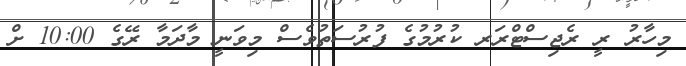
މިހާރު ރީ ރެޖިސްޓްރަރ ކުރުމުގެ ފުރުސަތުވެސް މިވަނީ މާދަމާ ރޭގެ 10:00 ށް